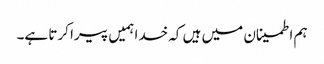
ہم اطمینان میں ہیں کہ خدا ہمیں پیرا کرتا ہے۔